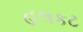
હલકટ